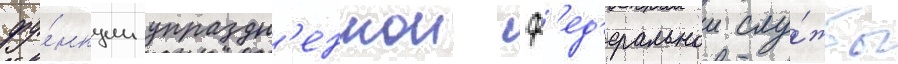
фу́нкции упраздн'еннои ф'ед'еральнои слу́жбы